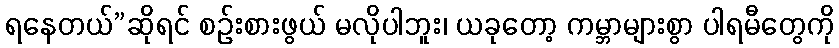
ရနေတယ်”ဆိုရင် စဉ်းစားဖွယ် မလိုပါဘူး၊ ယခုတော့ ကမ္ဘာများစွာ ပါရမီတွေကို